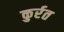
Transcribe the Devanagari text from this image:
कुर्रत